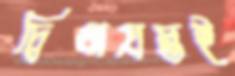
দ্বিধাগ্রস্তই